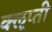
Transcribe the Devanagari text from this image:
क्‍ऌप्ती